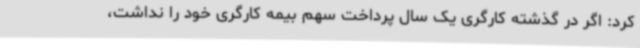
‌کرد: اگر در گذشته کارگری یک سال پرداخت سهم بیمه کارگری خود را نداشت،